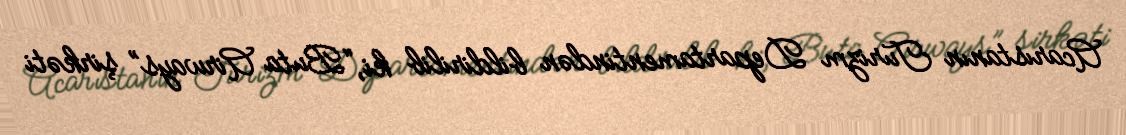
Acarıstanın Turizm Departamentindən bildirilib ki, “Buta Airways” şirkəti